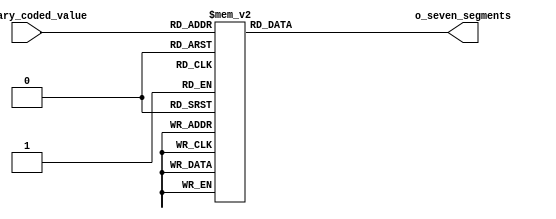
`timescale 10ns / 100ps

module DecodificadorSieteSegmentos (
	input [3:0] i_binary_coded_value,
	output reg [7:0] o_seven_segments);
	
	initial o_seven_segments = 0;

	always @(i_binary_coded_value) begin
		case (i_binary_coded_value)
			4'h0: o_seven_segments = 8'b00000011;
			4'h1: o_seven_segments = 8'b10011111;
			4'h2: o_seven_segments = 8'b00100101;
			4'h3: o_seven_segments = 8'b00001101;
			4'h4: o_seven_segments = 8'b10011001;
			4'h5: o_seven_segments = 8'b01001001;
			4'h6: o_seven_segments = 8'b01000001;
			4'h7: o_seven_segments = 8'b00011111;
			4'h8: o_seven_segments = 8'b00000001;
			4'h9: o_seven_segments = 8'b00011001;
			4'ha: o_seven_segments = 8'b00010001;
			4'hb: o_seven_segments = 8'b11000001;
			4'hc: o_seven_segments = 8'b01100011;
			4'hd: o_seven_segments = 8'b10000101;
			4'he: o_seven_segments = 8'b01100001;
			4'hf: o_seven_segments = 8'b01110001;
		endcase // case (i_binary_coded_value)
	end
endmodule // DecodificadorSieteSegmentos